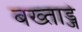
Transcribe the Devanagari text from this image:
बख्ताड्जे